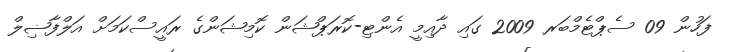
ފަހުން 09 ސެޕްޓެމްބަރ 2009 ގައި ދާއިމީ އެންޓި-ކޮރަޕްޝަން ކޮމިޝަންގެ ރައީސްކަމަށް އަލްފާޟިލް